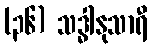
(၃၆) သဒ္ဓါနုသာရီ